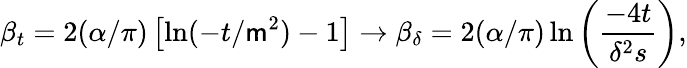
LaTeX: \beta_{t}=2(\alpha/\pi)\left[\ln(-t/\mathsf{m}^{2})-1\right]\to\beta_{\delta}=2(\alpha/\pi)\ln\left({\frac{{-4t}}{{\delta^{2}s}}}\right),